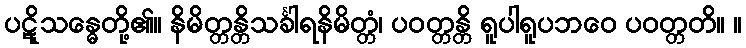
ပဋိုသန္ဓေတို့၏။ နိမိတ္တန္တိသင်္ခါရနိမိတ္တံ၊ ပဝတ္တန္တိ ရူပါရူပဘဝေ ပဝတ္တတိ။ ။